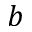
b